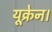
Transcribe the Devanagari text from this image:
यूक्रेन।